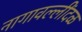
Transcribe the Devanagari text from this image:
नागावल्लींदळ